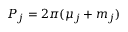
{ \cal P } _ { j } = 2 \pi ( \mu _ { j } + m _ { j } )